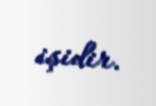
işidir.